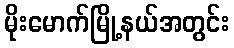
မိုးမောက်မြို့နယ်အတွင်း